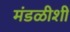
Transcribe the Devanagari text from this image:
मंडळीशी